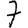
Digit: 7